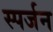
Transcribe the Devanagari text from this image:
स्पर्जन